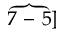
\overbrace { 7 \mathrm { ~ - ~ } 5 } ]